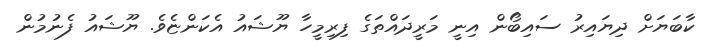
ކާބަޔަށް ދިޔައިރު ސައިބޯން އިނީ މަރީދައްތަގެ ފިރިމީހާ ޔޫޝައު އެކަންޏެވެ. ޔޫޝައު ފެނުމުން